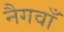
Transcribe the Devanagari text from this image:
नैगवाँ